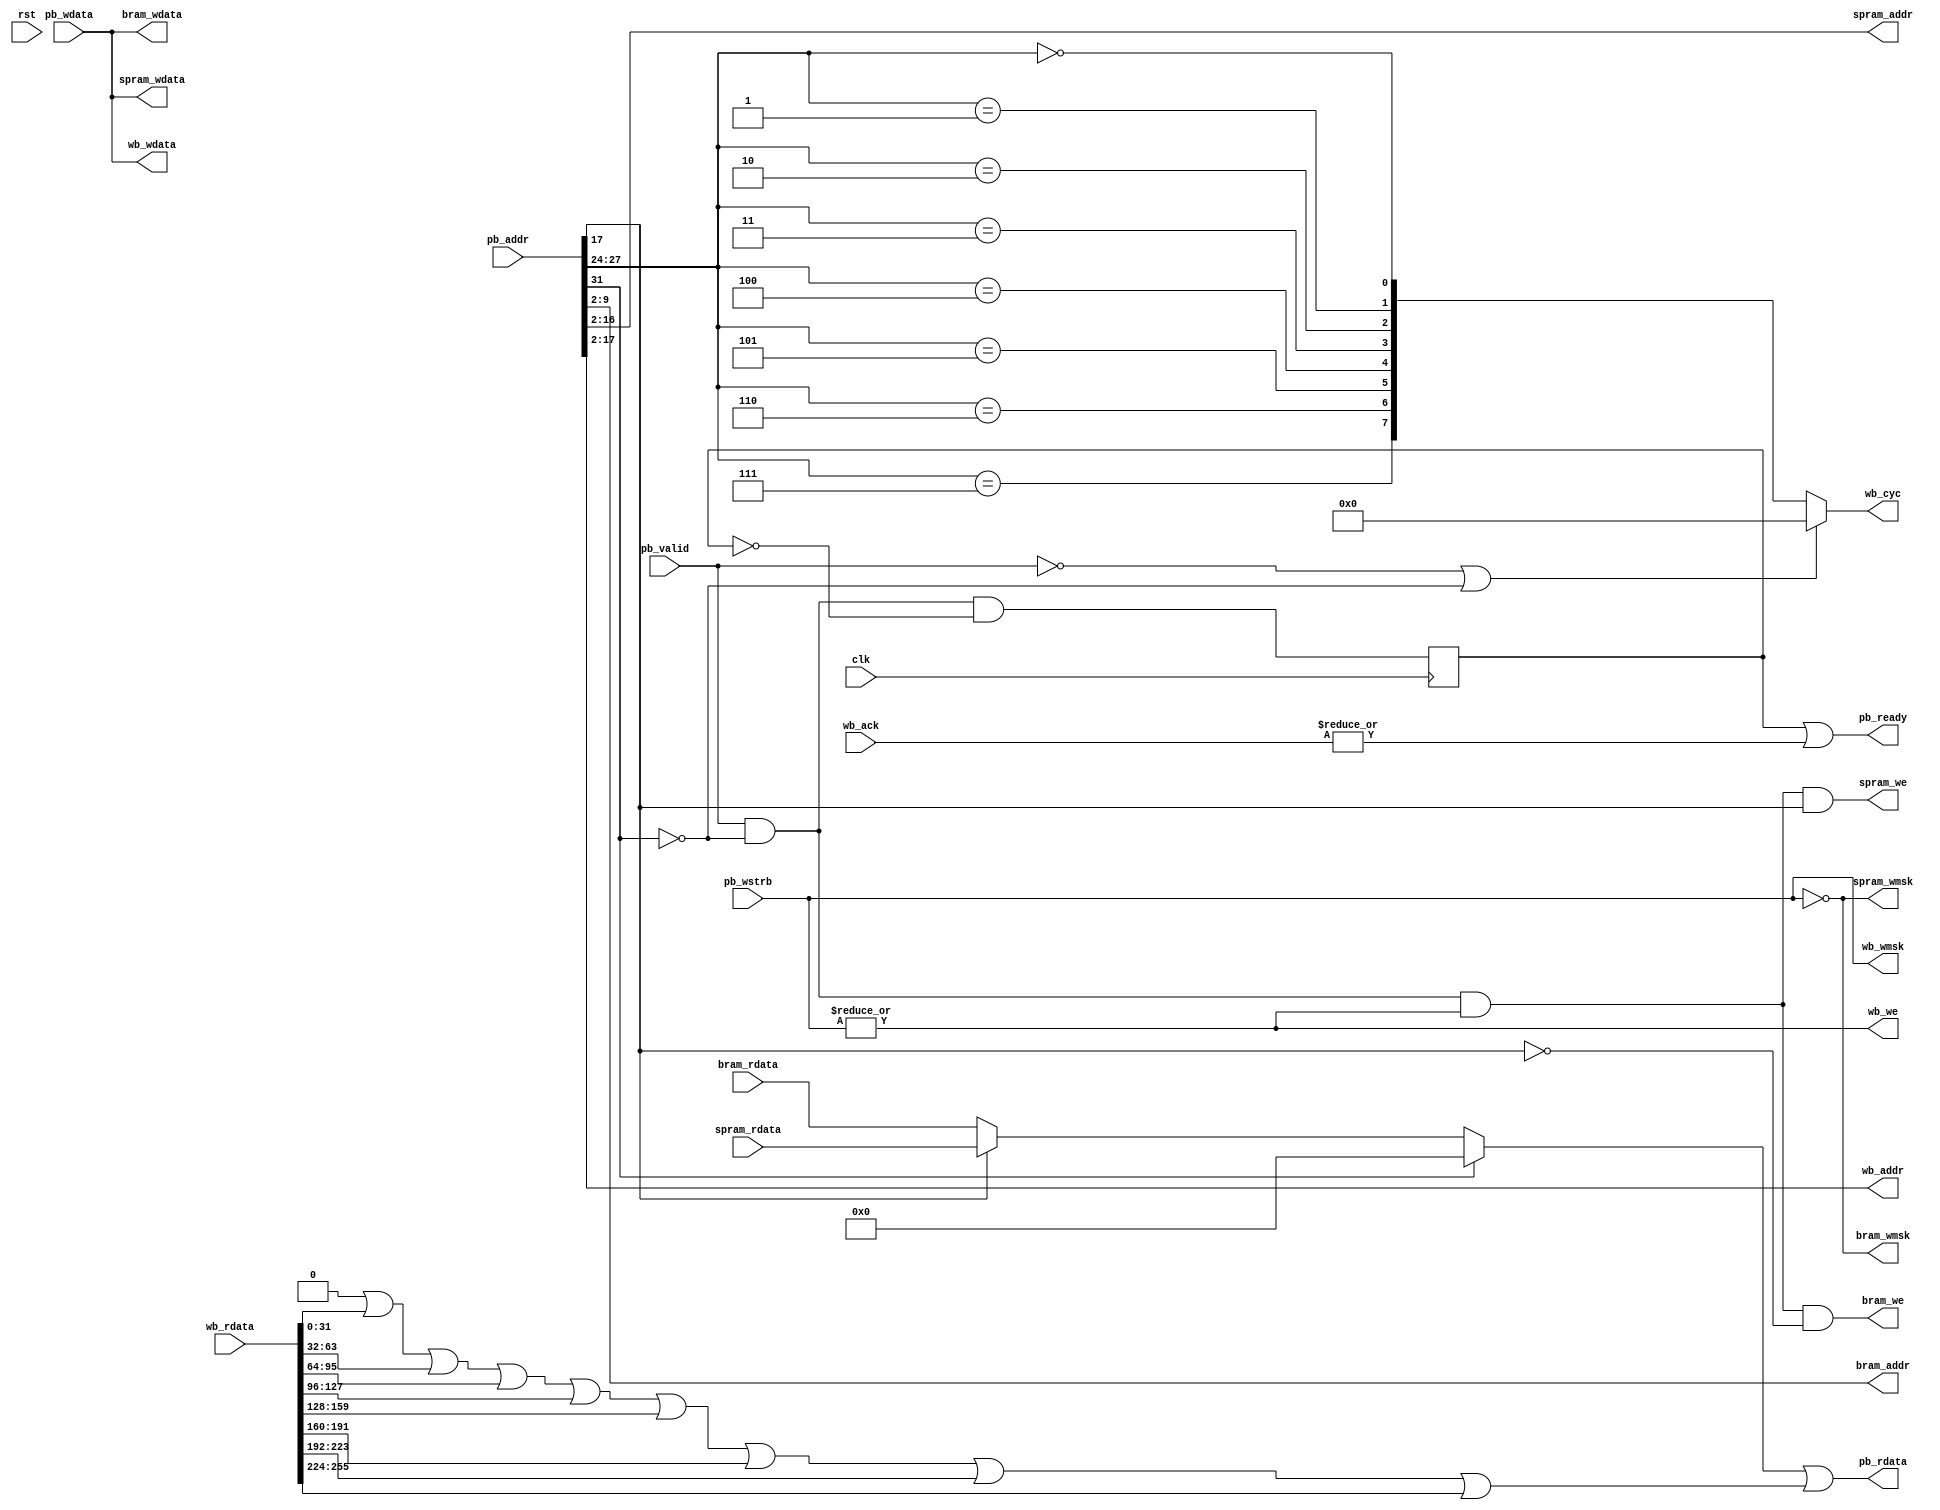
/*
 * soc_picorv32_bridge.v
 *
 * vim: ts=4 sw=4
 *
 * Copyright (C) 2020  Sylvain Munaut <tnt@246tNt.com>
 * SPDX-License-Identifier: CERN-OHL-P-2.0
 */

`default_nettype none

module soc_picorv32_bridge #(
	parameter integer WB_N   =  8,
	parameter integer WB_DW  = 32,
	parameter integer WB_AW  = 16,
	parameter integer WB_AI  =  2,
	parameter integer WB_REG =  0	// [0] = cyc / [1] = addr/wdata/wstrb / [2] = ack/rdata
)(
	/* PicoRV32 bus */
	input  wire [31:0] pb_addr,
	output wire [31:0] pb_rdata,
	input  wire [31:0] pb_wdata,
	input  wire [ 3:0] pb_wstrb,
	input  wire        pb_valid,
	output wire        pb_ready,

	/* BRAM */
	output wire [ 7:0] bram_addr,
	input  wire [31:0] bram_rdata,
	output wire [31:0] bram_wdata,
	output wire [ 3:0] bram_wmsk,
	output wire        bram_we,

	/* SPRAM */
	output wire [14:0] spram_addr,
	input  wire [31:0] spram_rdata,
	output wire [31:0] spram_wdata,
	output wire [ 3:0] spram_wmsk,
	output wire        spram_we,

	/* Wishbone buses */
	output wire [WB_AW-1:0]        wb_addr,
	input  wire [(WB_DW*WB_N)-1:0] wb_rdata,
	output wire [WB_DW-1:0]        wb_wdata,
	output wire [(WB_DW/8)-1:0]    wb_wmsk,
	output wire                    wb_we,
	output wire [WB_N-1:0]         wb_cyc,
	input  wire [WB_N-1:0]         wb_ack,

	/* Clock / Reset */
	input  wire clk,
	input  wire rst
);

	// Signals
	// -------

	wire ram_sel;
	reg  ram_rdy;
	wire [31:0] ram_rdata;

	(* keep *) wire [WB_N-1:0] wb_match;
	(* keep *) wire wb_cyc_rst;

	reg  [31:0] wb_rdata_or;
	wire [31:0] wb_rdata_out;
	wire wb_rdy;


	// RAM access
	// ----------
	// BRAM  : 0x00000000 -> 0x000003ff
	// SPRAM : 0x00020000 -> 0x0003ffff

	assign bram_addr  = pb_addr[ 9:2];
	assign spram_addr = pb_addr[16:2];

	assign bram_wdata  = pb_wdata;
	assign spram_wdata = pb_wdata;

	assign bram_wmsk  = ~pb_wstrb;
	assign spram_wmsk = ~pb_wstrb;

	assign bram_we  = pb_valid & ~pb_addr[31] & |pb_wstrb & ~pb_addr[17];
	assign spram_we = pb_valid & ~pb_addr[31] & |pb_wstrb &  pb_addr[17];

	assign ram_rdata = ~pb_addr[31] ? (pb_addr[17] ? spram_rdata : bram_rdata) : 32'h00000000;

	assign ram_sel = pb_valid & ~pb_addr[31];

	always @(posedge clk)
		ram_rdy <= ram_sel && ~ram_rdy;


	// Wishbone
	// --------
	// wb[x] = 0x8x000000 - 0x8xffffff

	// Access Cycle
	genvar i;
	for (i=0; i<WB_N; i=i+1)
		assign wb_match[i] = (pb_addr[27:24] == i);

	if (WB_REG & 1) begin
		// Register
		reg [WB_N-1:0] wb_cyc_reg;
		always @(posedge clk)
			if (wb_cyc_rst)
				wb_cyc_reg <= 0;
			else
				wb_cyc_reg <= wb_match & ~wb_ack;
		assign wb_cyc = wb_cyc_reg;
	end else begin
		// Direct connection
		assign wb_cyc = wb_cyc_rst ? { WB_N{1'b0} } : wb_match;
	end

	// Addr / Write-Data / Write-Mask / Write-Enable
	if (WB_REG & 2) begin
		// Register
		reg [WB_AW-1:0] wb_addr_reg;
		reg [WB_DW-1:0] wb_wdata_reg;
		reg [(WB_DW/8)-1:0] wb_wmsk_reg;
		reg wb_we_reg;

		always @(posedge clk)
		begin
			wb_addr_reg  <= pb_addr[WB_AW+WB_AI-1:WB_AI];
			wb_wdata_reg <= pb_wdata[WB_DW-1:0];
			wb_wmsk_reg  <= ~pb_wstrb[(WB_DW/8)-1:0];
			wb_we_reg    <= |pb_wstrb;
		end

		assign wb_addr  = wb_addr_reg;
		assign wb_wdata = wb_wdata_reg;
		assign wb_wmsk  = wb_wmsk_reg;
		assign wb_we    = wb_we_reg;
	end else begin
		// Direct connection
		assign wb_addr  = pb_addr[WB_AW+WB_AI-1:WB_AI];
		assign wb_wdata = pb_wdata[WB_DW-1:0];
		assign wb_wmsk  = pb_wstrb[(WB_DW/8)-1:0];
		assign wb_we    = |pb_wstrb;
	end

	// Ack / Read-Data
	always @(*)
	begin : wb_or
		integer i;
		wb_rdata_or = 0;
		for (i=0; i<WB_N; i=i+1)
			wb_rdata_or[WB_DW-1:0] = wb_rdata_or[WB_DW-1:0] | wb_rdata[WB_DW*i+:WB_DW];
	end

	if (WB_REG & 4) begin
		// Register
		reg wb_rdy_reg;
		reg [31:0] wb_rdata_reg;

		always @(posedge clk)
			wb_rdy_reg <= |wb_ack;

		always @(posedge clk)
			if (wb_cyc_rst)
				wb_rdata_reg <= 32'h00000000;
			else
				wb_rdata_reg <= wb_rdata_or;

		assign wb_cyc_rst = ~pb_valid | ~pb_addr[31] | wb_rdy_reg;
		assign wb_rdy = wb_rdy_reg;
		assign wb_rdata_out = wb_rdata_reg;
	end else begin
		// Direct connection
		assign wb_cyc_rst = ~pb_valid | ~pb_addr[31];
		assign wb_rdy = |wb_ack;
		assign wb_rdata_out = wb_rdata_or;
	end


	// Final data combining
	// --------------------

	assign pb_rdata = ram_rdata | wb_rdata_out;
	assign pb_ready = ram_rdy | wb_rdy;

endmodule // soc_picorv32_bridge